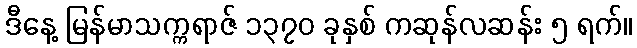
ဒီနေ့ မြန်မာသက္ကရာဇ် ၁၃၇၀ ခုနှစ် ကဆုန်လဆန်း ၅ ရက်။